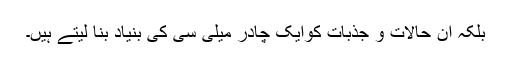
بلکہ ان حالات و جذبات کوایک چادر میلی سی کی بنیاد بنا لیتے ہیں۔